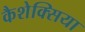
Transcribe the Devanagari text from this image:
कैशेक्सिया